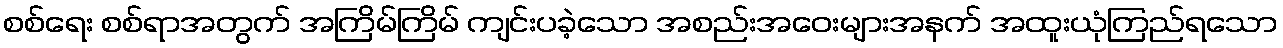
စစ်ရေး စစ်ရာအတွက် အကြိမ်ကြိမ် ကျင်းပခဲ့သော အစည်းအဝေးများအနက် အထူးယုံကြည်ရသော